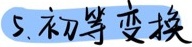
5. 初等变换